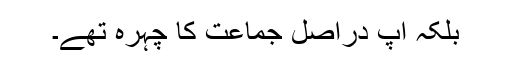
بلکہ آپ دراصل جماعت کا چہرہ تھے۔